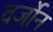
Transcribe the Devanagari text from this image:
वर्जोन